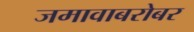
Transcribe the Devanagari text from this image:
जमावाबरोबर